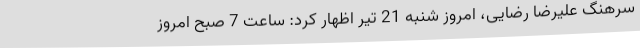
سرهنگ علیرضا رضایی، امروز شنبه 21 تیر اظهار کرد: ساعت 7 صبح امروز